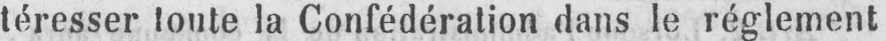
téresser toute la Confédération dans le réglement